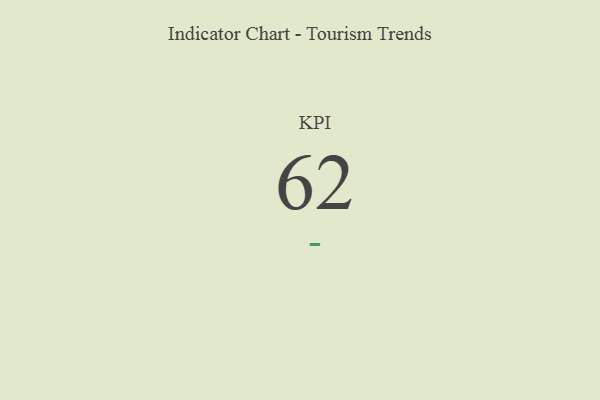
{"axis": {"x": "KPI", "y": "Value"}, "legend": [""], "data": [{"x": "KPI", "y": 62, "type": ""}]}